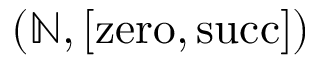
( \mathbb { N } , [ \mathrm { z e r o } , \mathrm { s u c c } ] )